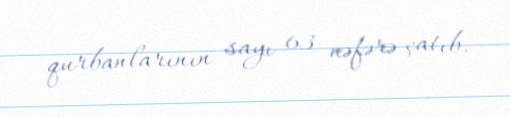
qurbanlarının sayı 63 nəfərə çatıb.